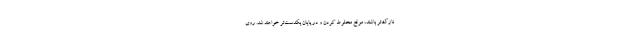
نازک‌تر باشند، موقع مخلوط کردن و در پایان یکدست‌تر خواهند شد. روی